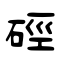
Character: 硜